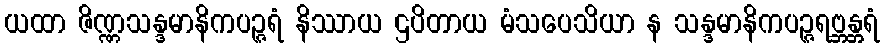
ယထာ ဇိဏ္ဏသန္ဒမာနိကပဉ္ဇရံ နိဿာယ ဌပိတာယ မံသပေသိယာ န သန္ဒမာနိကပဉ္ဇရဗ္ဘန္တရံ